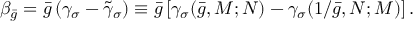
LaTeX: \beta _ { \bar { g } } = \bar { g } \left( \gamma _ { \sigma } - \tilde { \gamma } _ { \sigma } \right) \equiv \bar { g } \left[ \gamma _ { \sigma } ( \bar { g } , M ; N ) - \gamma _ { \sigma } ( 1 / \bar { g } , N ; M ) \right] .